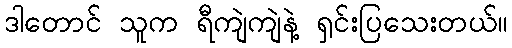
ဒါတောင် သူက ရီကျဲကျဲနဲ့ ရှင်းပြသေးတယ်။